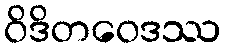
ဝိဒိတဝေဒဿ